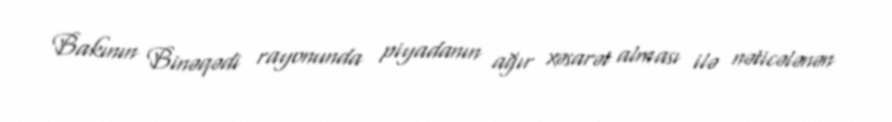
Bakının Binəqədi rayonunda piyadanın ağır xəsarət alması ilə nəticələnən